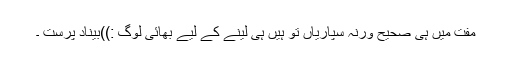
مفت میں ہی صحیح ورنہ سپاریاں تو ہیں ہی لینے کے لیے بھائی لوگ :))بیناد پرست ۔